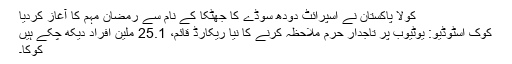
کولا پاکستان نے اسپرائٹ دودھ سوڈے کا جھٹکا کے نام سے رمضان مہم کا آغاز کردیا
کوک اسٹوڈیو: یوٹیوب پر تاجدار حرم ملاحظہ کرنے کا نیا ریکارڈ قائم، 25.1 ملین افراد دیکھ چکے ہیں
کوکا۔